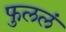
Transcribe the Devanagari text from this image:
फुललं